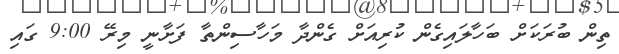
ތިން ބުރަކަށް ބަހާލައިގެން ކުރިއަށް ގެންދާ މަހާސިންތާ ފަށާނީ މިރޭ 9:00 ގައި